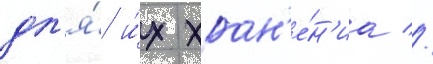
дл'я́ и́х хран'е́н'иа //